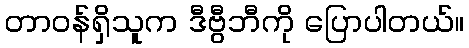
တာဝန်ရှိသူက ဒီဗွီဘီကို ပြောပါတယ်။